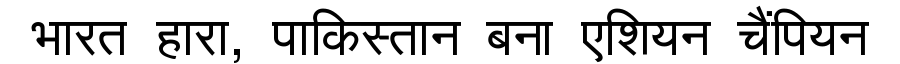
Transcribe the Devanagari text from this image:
भारत हारा, पाकिस्तान बना एशियन चैंपियन